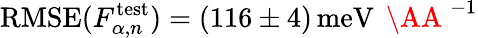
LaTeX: \mathrm{RMSE}(F_{\alpha,n}^{\mathrm{test}})=(116\pm 4)\, \mathrm{meV}\, \mathrm{~\AA~}^{-1}